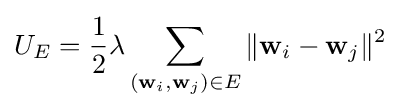
U_{E}={\frac {1}{2}}\lambda \sum _{({\bf {w}}_{i},{\bf {w}}_{j})\in E}\|{\bf {w}}_{i}-{\bf {w}}_{j}\|^{2}